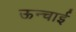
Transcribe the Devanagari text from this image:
ऊन्चाई